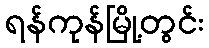
ရန်ကုန်မြို့တွင်း